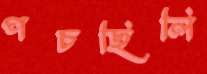
পচছিলি